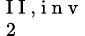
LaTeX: _{\mathrm{~2~}}^{\mathrm{~I~I~,~i~n~v~}}